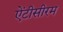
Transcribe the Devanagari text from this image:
ऐंटीसीरम